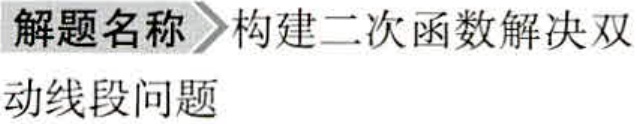
解题名称 构建二次函数解决双
动线段问题